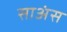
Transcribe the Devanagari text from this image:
साअंस